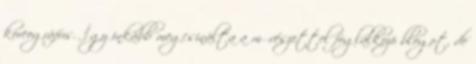
koreográfus. Így inkább megcsinálta a művészettel foglalkozó blogot, de